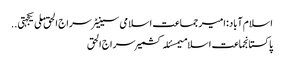
اسلام آباد:امیر جماعت اسلامی سینیٹر سراج الحق ملی یکجہتی ..
پاکستانجماعت اسلامیمسئلہ کشمیرسراج الحق